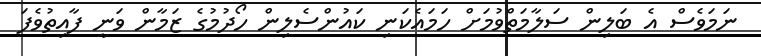
ނަމަވެސް އެ ބަލިން ސަލާމަތްވުމަށް ހަމައެކަނި ކައުންސެލިން ހޯދުމުގެ ޒަމާން ވަނީ ފާއިތުވެފަ